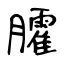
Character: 臛